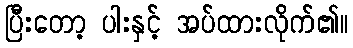
ပြီးတော့ ပါးနှင့် အပ်ထားလိုက်၏။